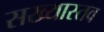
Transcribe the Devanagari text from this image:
सख्यास्तव